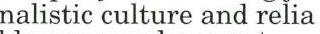
nalistic culture and relia